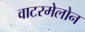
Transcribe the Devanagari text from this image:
वाटरमेलोन